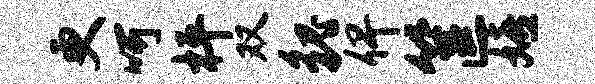
更呵枰双貌俾筐嬉